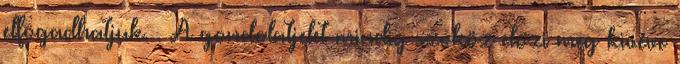
elfogadhatjuk. . A gondolatjelet mindig szóköz előzi meg kivéve